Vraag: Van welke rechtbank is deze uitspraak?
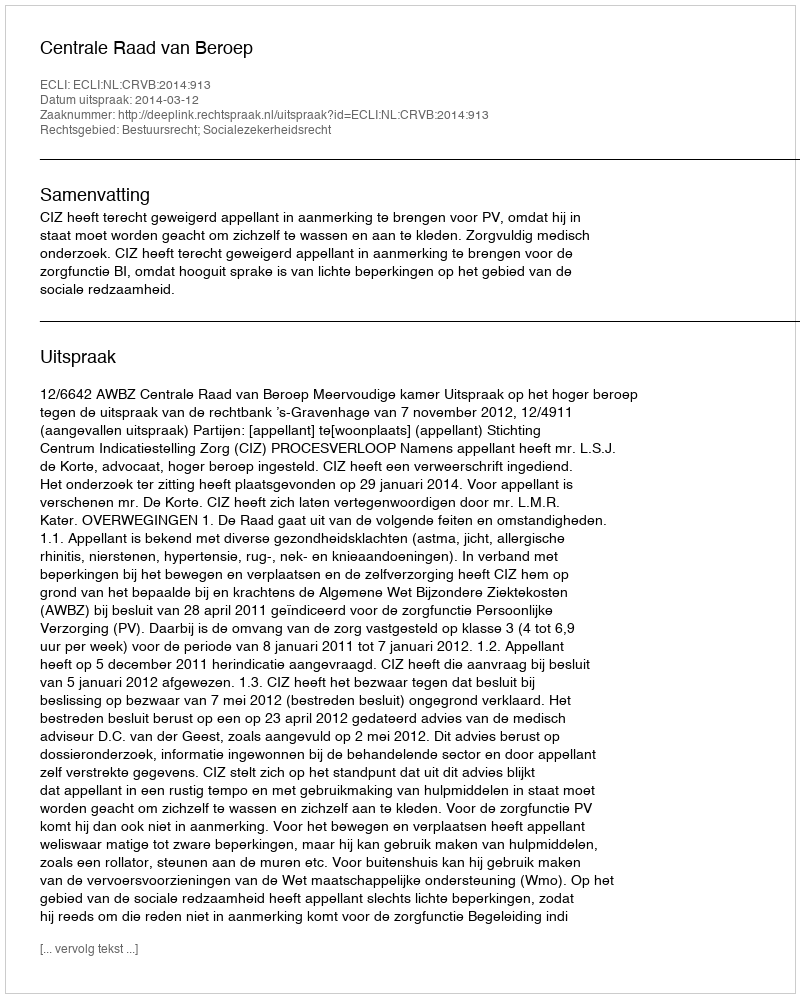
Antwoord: Centrale Raad van Beroep